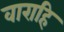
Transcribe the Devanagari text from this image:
वाराहि